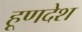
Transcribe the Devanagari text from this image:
हूणदेश